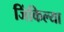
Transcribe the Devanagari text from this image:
जिंकिल्या